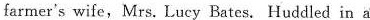
farmer's wife,Mrs. Lucy Bates. Huddled in a